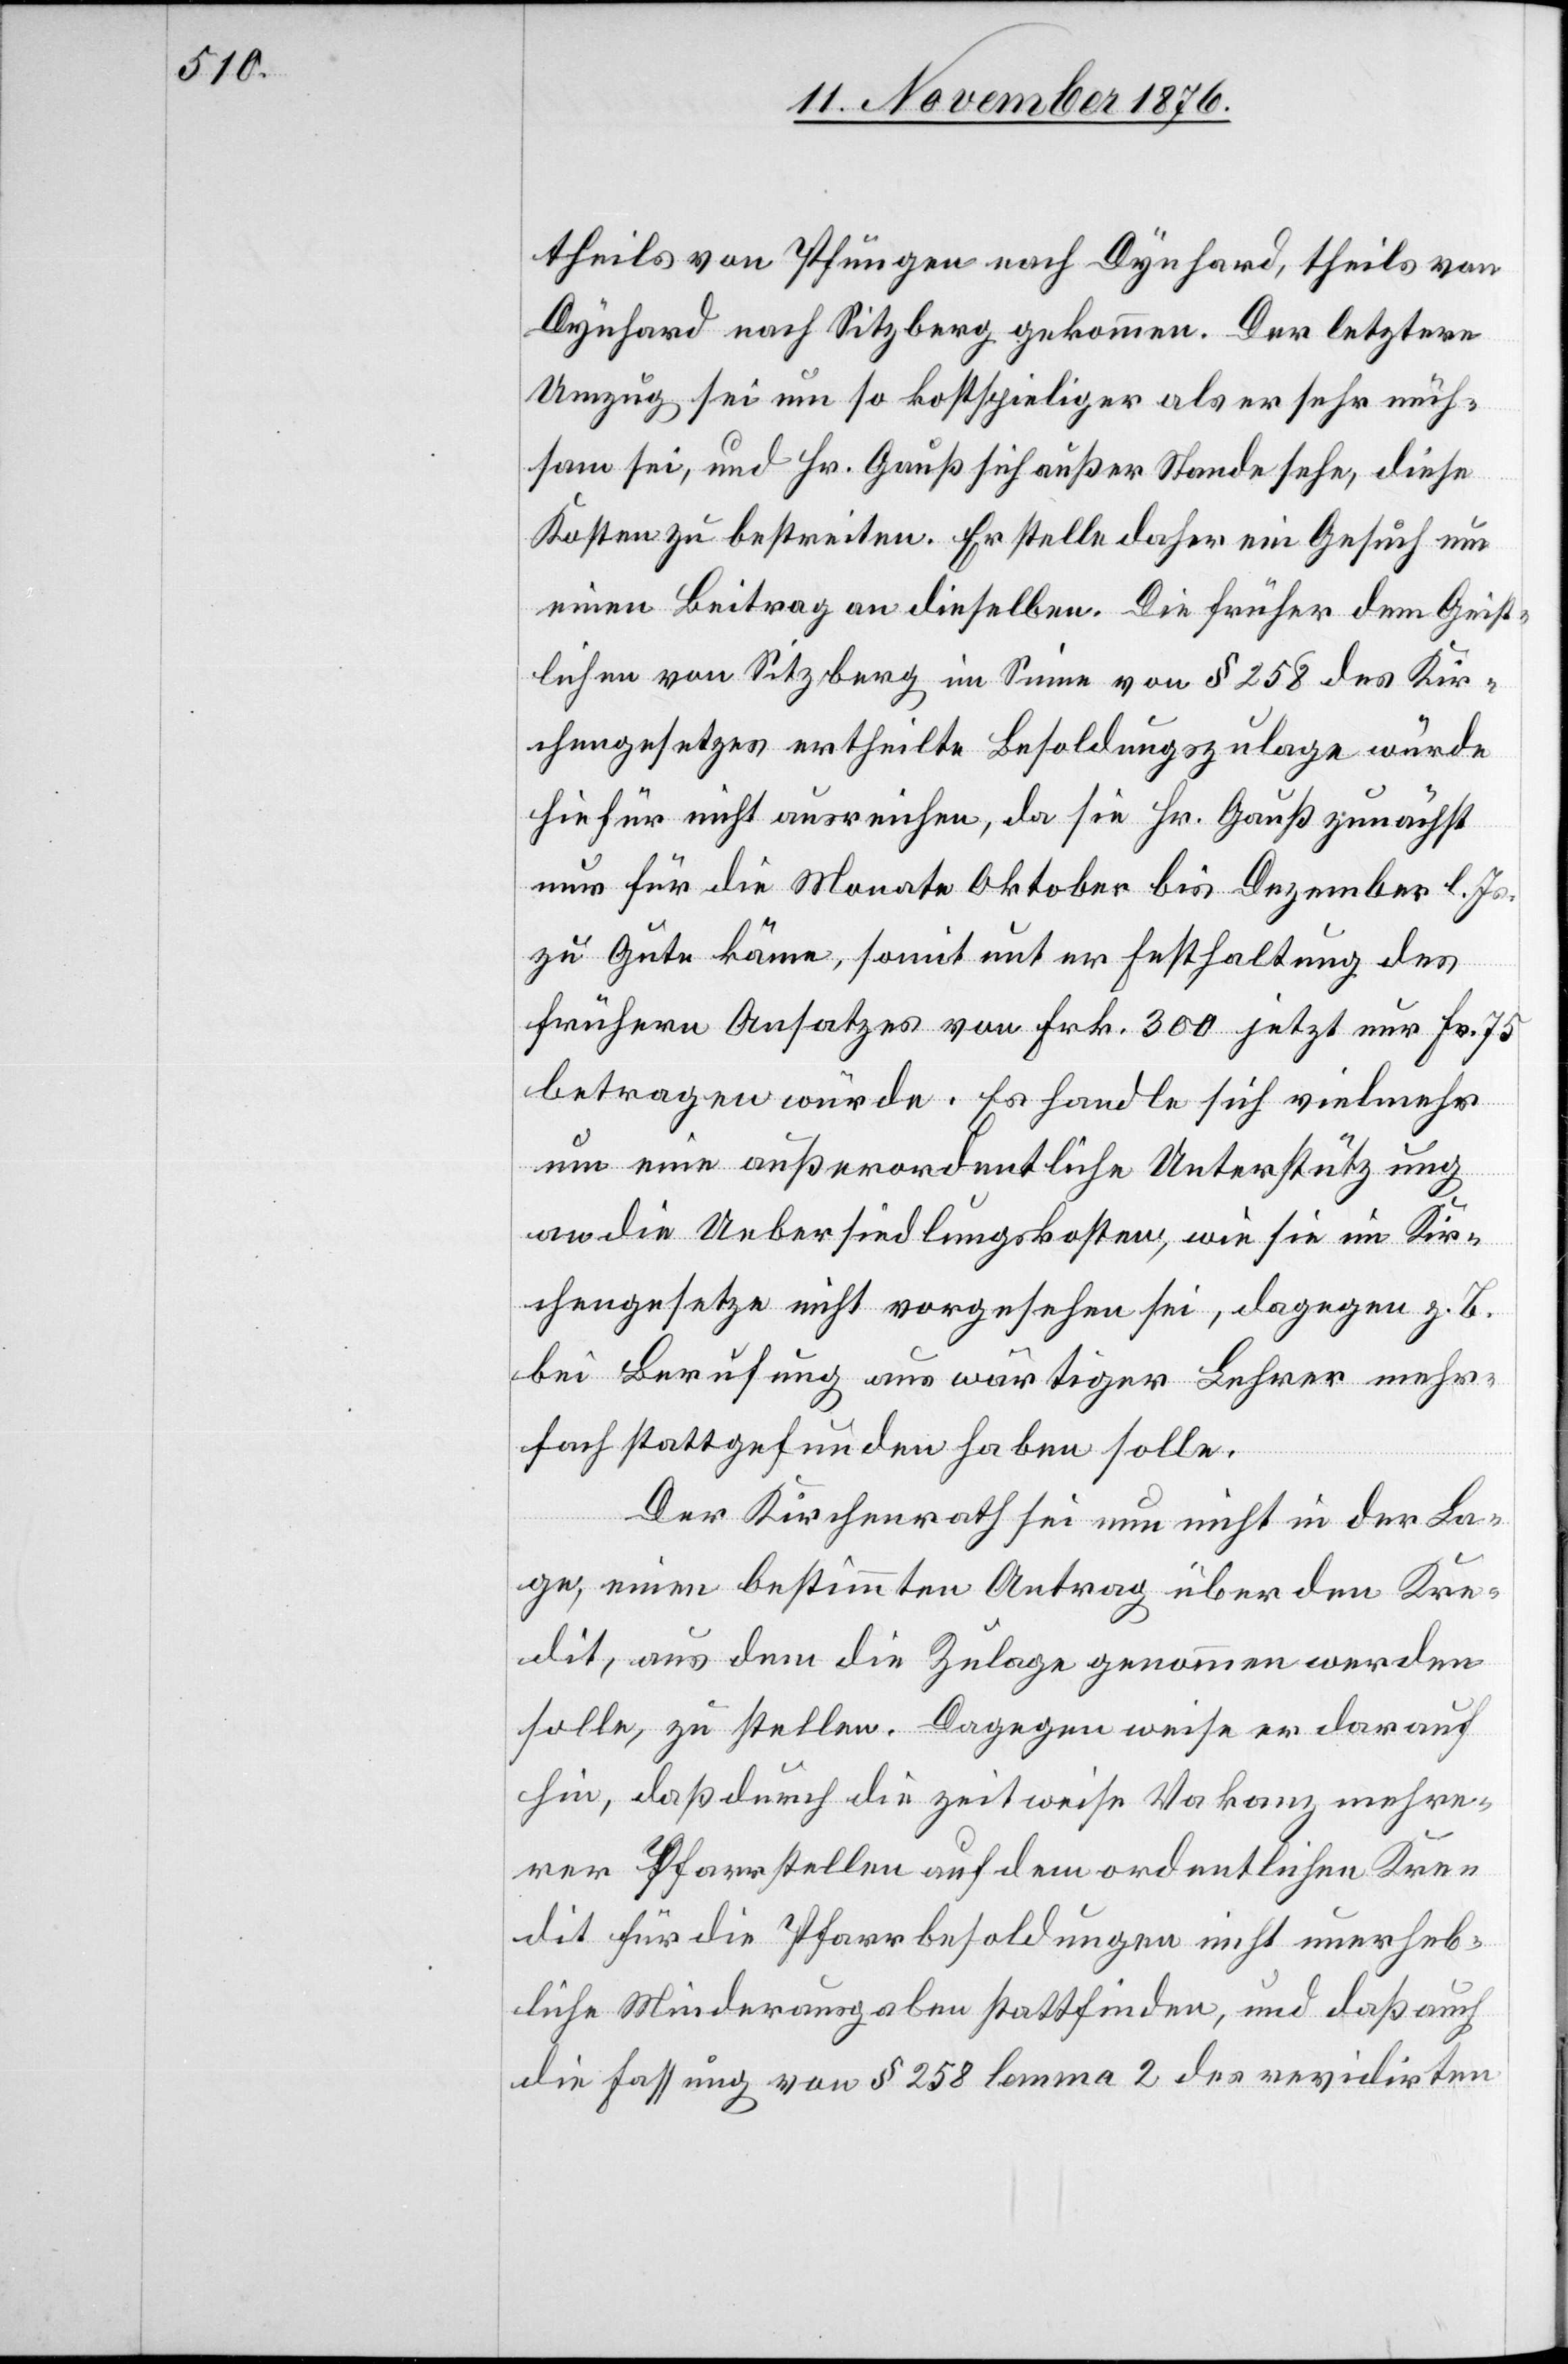
theils von Pfungen nach Dynhard, theils von
Dynhard nach Sitzberg gekommen. Der letztere
Umzug sei um so kostspieliger als er sehr müh¬
sam sei, und Hr. Gauß sich außer Stande sehe, diese
Kosten zu bestreiten. Er stelle daher ein Gesuch um
einen Beitrag an dieselben. Die früher dem Geist¬
lichen von Sitzberg im Sinne von § 258 des Kir¬
chengesetzes ertheilte Besoldungszulage würde
hiefür nicht ausreichen, da sie Hr. Gauß zunächst
nur für die Monate Oktober bis Dezember l. Js.
zu Gute käme, somit unter Festhaltung des
frühern Ansatzes von Frk. 300 jetzt nur Fr. 75
betragen würde. Es handelt sich vielmehr
um eine außerordentliche Unterstützung
an die Uebersiedlungskosten, wie sie im Kir¬
chengesetze nicht vorgesehen sei, dagegen z. B.
bei Berufung auswärtiger Lehrer mehr¬
fach stattgefunden haben solle.
Der Kirchenrath sei nun nicht in der La¬
ge, einen bestimmten Antrag über den Kre¬
dit, aus dem die Zulage genommen werden
solle, zu stellen. Dagegen weise er darauf
hin, daß durch die zeitweise Vakanz mehre¬
rer Pfarrstellen auf dem ordentlichen Kre¬
dit für die Pfarrbesoldungen nicht unerheb¬
liche Minderausgaben stattfinden, und daß auch
die Fassung von § 258 lemma 2 des revidirten